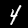
Digit: 4